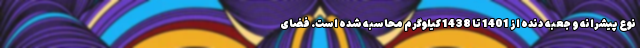
نوع پیشرانه و جعبه دنده از 1401 تا 1438 کیلوگرم محاسبه شده است. فضای